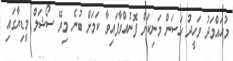
މުހައްމަދު ވަހީދު ހަސަން މަނިކަށް ފޮނުއްވާފައިވާ ކަމަށް ބުނެ މިރޭ ސޯޝަލް މީޑިޔާގައި